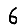
Digit: 6